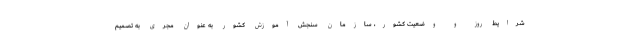
شرایط روز و وضعیت کشور، سازمان سنجش آموزش کشور به عنوان مجری به تصمیم